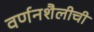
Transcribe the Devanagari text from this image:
वर्णनशैलीची